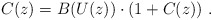
\begin{align*}C(z) = B(U(z))\cdot (1+C(z))~.\end{align*}